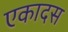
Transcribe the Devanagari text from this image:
एकादस